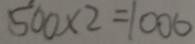
5 0 0 \times 2 = 1 0 0 0